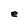
Character: e